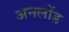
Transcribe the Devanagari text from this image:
अनलोंड